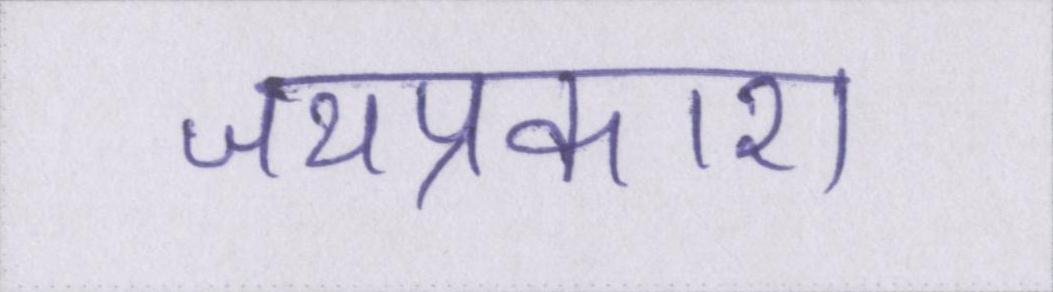
जयप्रकाश